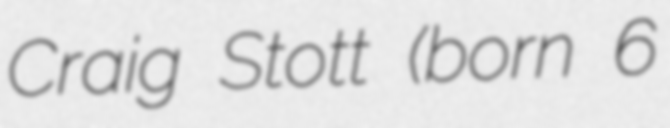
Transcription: Craig Stott (born 6